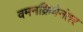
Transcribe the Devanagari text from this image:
वमनक्रियेनंतर